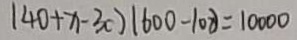
( 4 0 + x - 3 0 ) ( 6 0 0 - 1 0 8 ) = 1 0 0 0 0